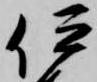
伊